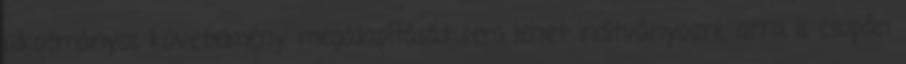
alkotmányos követelmény megállapítását sem lehet indítványozni, arra is csupán